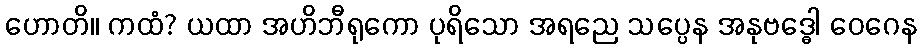
ဟောတိ။ ကထံ? ယထာ အဟိဘီရုကော ပုရိသော အရညေ သပ္ပေန အနုဗဒ္ဓေါ ဝေဂေန